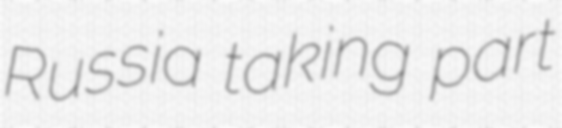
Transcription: Russia taking part